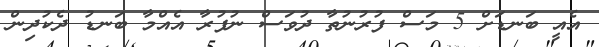
އެއީ ބަނޑަށް 5 މަސް ފުރުނުތާ ދުވަސް ނުފުރާ އެއްމާ ބަނޑު ދެކުދިން